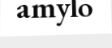
amylo